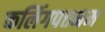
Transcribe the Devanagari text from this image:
कलिंगपत्तनम